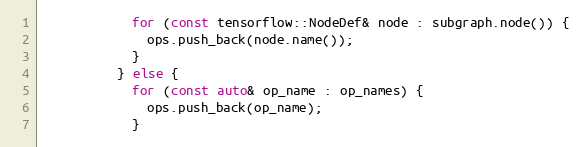
Language: C++
            for (const tensorflow::NodeDef& node : subgraph.node()) {
              ops.push_back(node.name());
            }
          } else {
            for (const auto& op_name : op_names) {
              ops.push_back(op_name);
            }